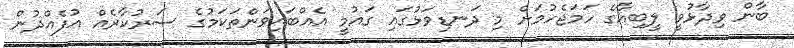
ބާން ވިދާޅުވީ ލީބިއާގެ ހަމަޖެހުމަށް މި ދަނޑިވަޅުގައި ގައުމީ އެއްބައިވަންތަކަމުގެ ސަރުކާރެއް އުފެއްދުން